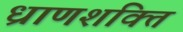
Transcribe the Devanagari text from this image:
ध्राणशक्ति